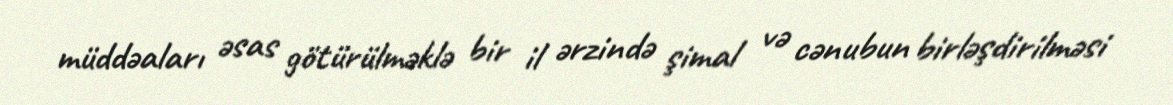
müddəaları əsas götürülməklə bir il ərzində şimal və cənubun birləşdirilməsi